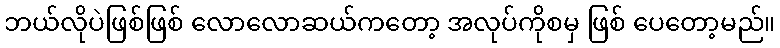
ဘယ်လိုပဲဖြစ်ဖြစ် လောလောဆယ်ကတော့ အလုပ်ကိုစမှ ဖြစ် ပေတော့မည်။